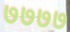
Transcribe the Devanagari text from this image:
७७७७